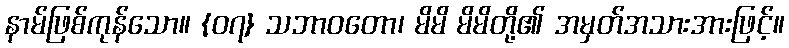
နာမ်ဖြစ်ကုန်သော။ {၀၇} သဘာဝတော၊ မိမိ မိမိတို့၏ အမှတ်အသားအားဖြင့်။